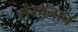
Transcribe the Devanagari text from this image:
संरचनाच